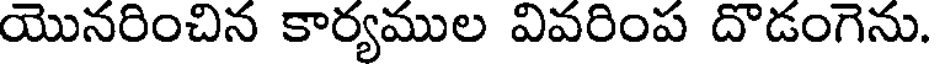
యొనరించిన కార్యముల వివరింప దొడంగెను.